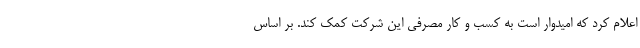
اعلام کرد که امیدوار است به کسب و کار مصرفی این شرکت کمک کند. بر اساس